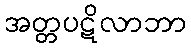
အတ္တပဋိလာဘာ